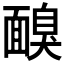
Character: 𩈸